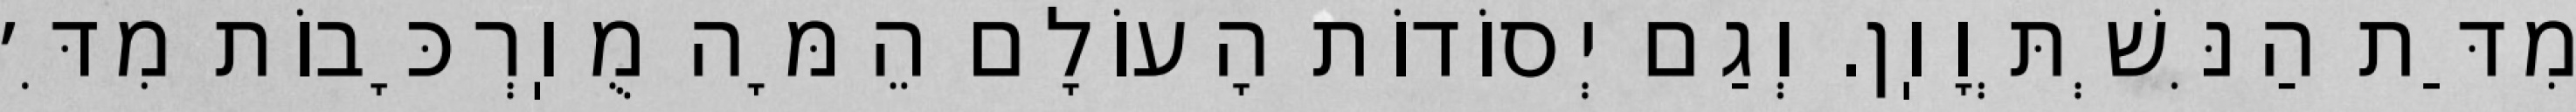
מִדַּת הַנִּשְׁתְּוָוֽן. וְגַם יְסוֹדוֹת הָעוֹלָם הֵמָּה מֻוֽרְכָּבוֹת מִדִּ׳